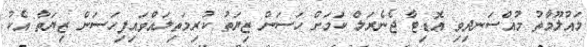
މައުލޫމާތު މުއްސަނދިވި އޮޑިޓާ ޖެނެރަލް ކަމަށް ހަސަން ޒިޔަތު ކުރިމަތިލައްވައިފިހަސަން ޒިޔަތާ އެކު